Vaccination Hyderabad 1872-1889 - 1872-1889
Year: 1872
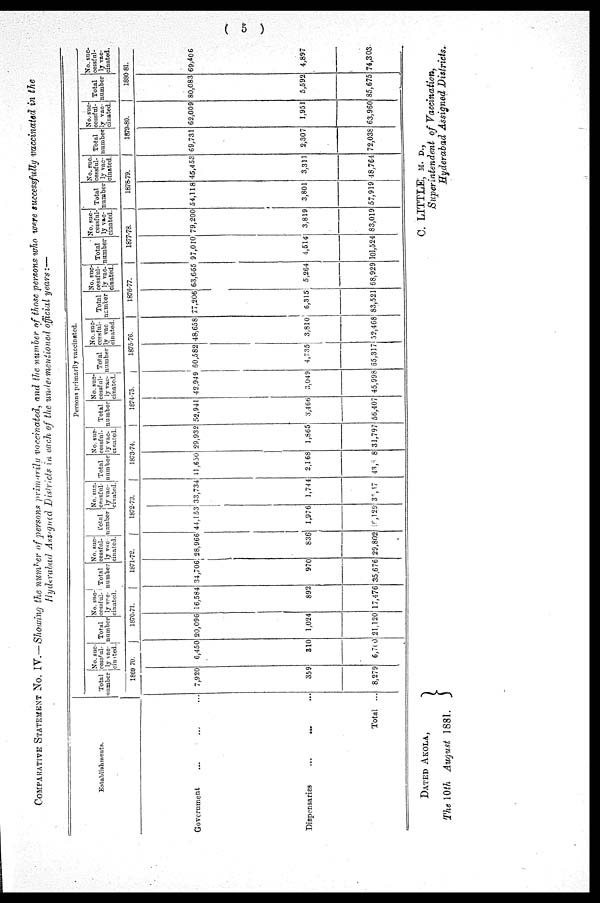
( 5 )
COMPARATIVE STATEMENT No. IV.—Showing the number of persons primarily vaccinated, and the number of those persons who were successfully vaccinated in the
Hyderabad Assigned Districts in each of the undermentioned official years:—
Establishments.
Government ... ... ...
Dispensaries
...
... ...
Total ...
Persons primarily vaccinated.
Total
number
No. suc¬
cessful¬
ly vac-
cinated.
1869-70.
7,920
359
8,279
6,450
310
6,700
Total
number
No. suc¬
cessful¬
ly vac-
cinated.
1870-71
20,096
1,024
21,120
16,584
892
17,476
Total
number
No. suc-
cessful-
ly vac-
cinated.
1871-72.
34,706
970
35,676
28,966
836
29,802
Total
number
No. suc¬
cessful¬
ly vac-
cinated.
1872-73.
44,153
1,976
10,129
33,734
1,744
35,47
Total
number
No. suc-
cessful¬
ly vac-
cinated.
1873-74.
41,650
2,168
43,808
29,932
1,S65
31,797
Total
number
No. suc¬
cessful¬
ly vac-
cinated.
1874-75.
52,941
3,466
56,407
42,949
3,049
45,998
Total
number
No. suc-
cessful-
ly vac
cinated.
1875-76.
60,582
4,735
55,317
48,658
3,810
52,468
Total
number
No. suc-
cessful-
ly vac¬
cinated.
1876-77.
77,206
6,315
83,521
63,665
5,264
68,929
Total
number
No. suc-
cessful-
ly vac-
cinated.
1877-78.
97,010
4,514
101,524
79,200
3,819
83,019
Total
number
No. suc¬
cessful¬
ly vac-
cinated.
1878-79.
54,118
3,801
57,919
45,453
3,311
48,764
Total
number
No. suc-
cessful-
ly vac¬
cinated
1879-80.
69,731
2,307
72,038
62,009
1,951
63,960
Total
number
No. suc¬
cessful-
ly vac¬
cinated.
1880-81.
80,083
5,592
85,675
69,406
4,897
74,303
C. LITTLE, M. D.,
Superintendent of Vaccination,
Hyderabad Assigned Districts.
DATED AKOLA,
The 10th August 1881.